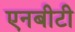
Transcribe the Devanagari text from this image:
एनबीटी